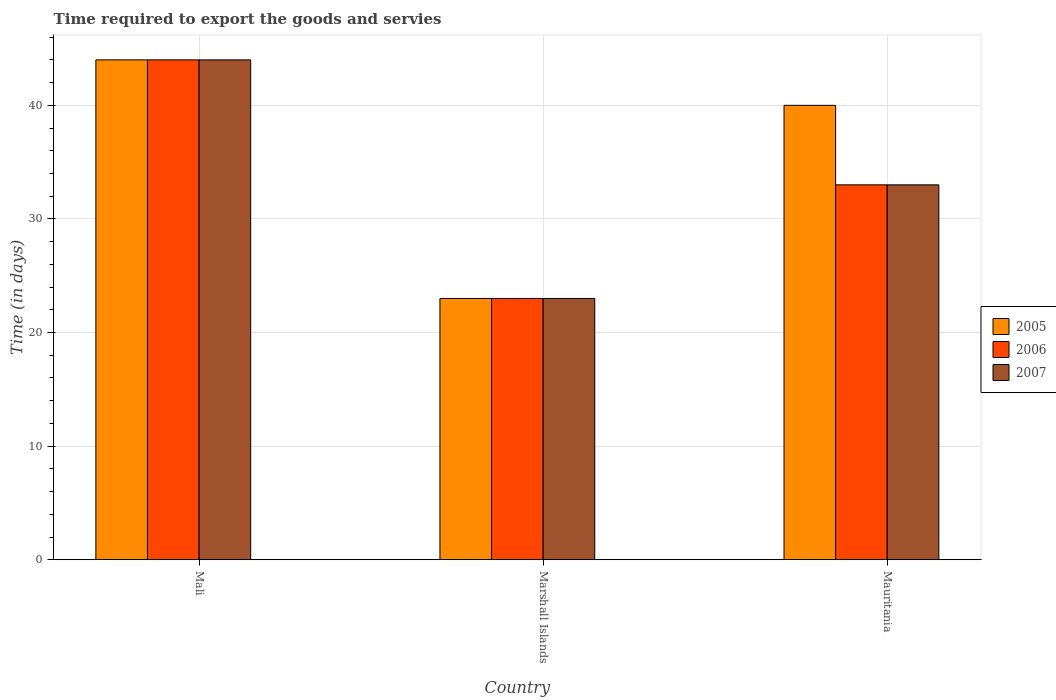
| Country | 2005 | 2006 | 2007 |
 | --- | --- | --- | --- |
 | Mali | 44 | 44 | 44 |
 | Marshall Islands | 23 | 23 | 23 |
 | Mauritania | 40 | 33 | 33 |